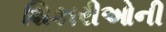
શિકારીઓની